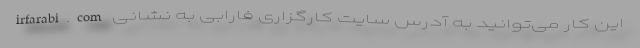
این کار می‌توانید به آدرس سایت کارگزاری فارابی به نشانی irfarabi.com